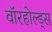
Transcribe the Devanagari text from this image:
वॉरहोल्ड्स